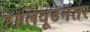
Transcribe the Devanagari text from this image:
हॉलिवूडनंतर